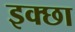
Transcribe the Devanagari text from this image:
इक्छा